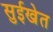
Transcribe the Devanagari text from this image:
सुईखेत